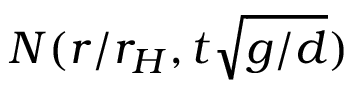
N ( r / r _ { H } , t \sqrt { g / d } )